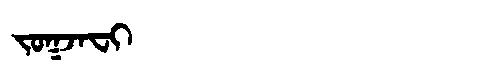
Manchu: ᠵᠣᡴᠵᠠᠸᡳ
Romanization: JOKJAFI